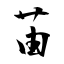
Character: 苖